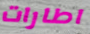
اطارات